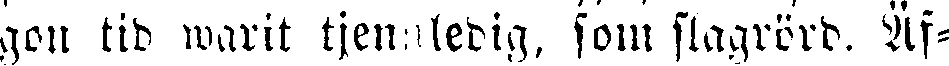
gon tid warit tjenstledig, som slagrörd. Äf-